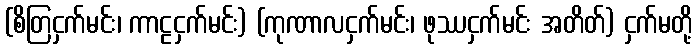
(စိတြငှက်မင်း၊ ကာဠငှက်မင်း) (ကုဏာလငှက်မင်း၊ ဖုဿငှက်မင်း အတိတ်) ငှက်မတို့